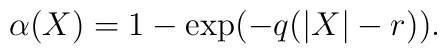
\alpha (X)= 1- \exp({-q(|X|-r)}).